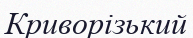
Криворізький